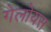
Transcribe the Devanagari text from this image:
गेलोयस